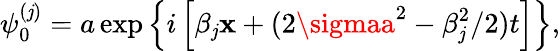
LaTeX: \psi_{0}^{(\mathit{j})}=a\exp\left\{ i\left[{\beta_{\mathit{j}}}\mathbf{x}+(2\sigmaa^{2}-\beta_{\mathit{j}}^{2}/2)t\right]\right\} ,